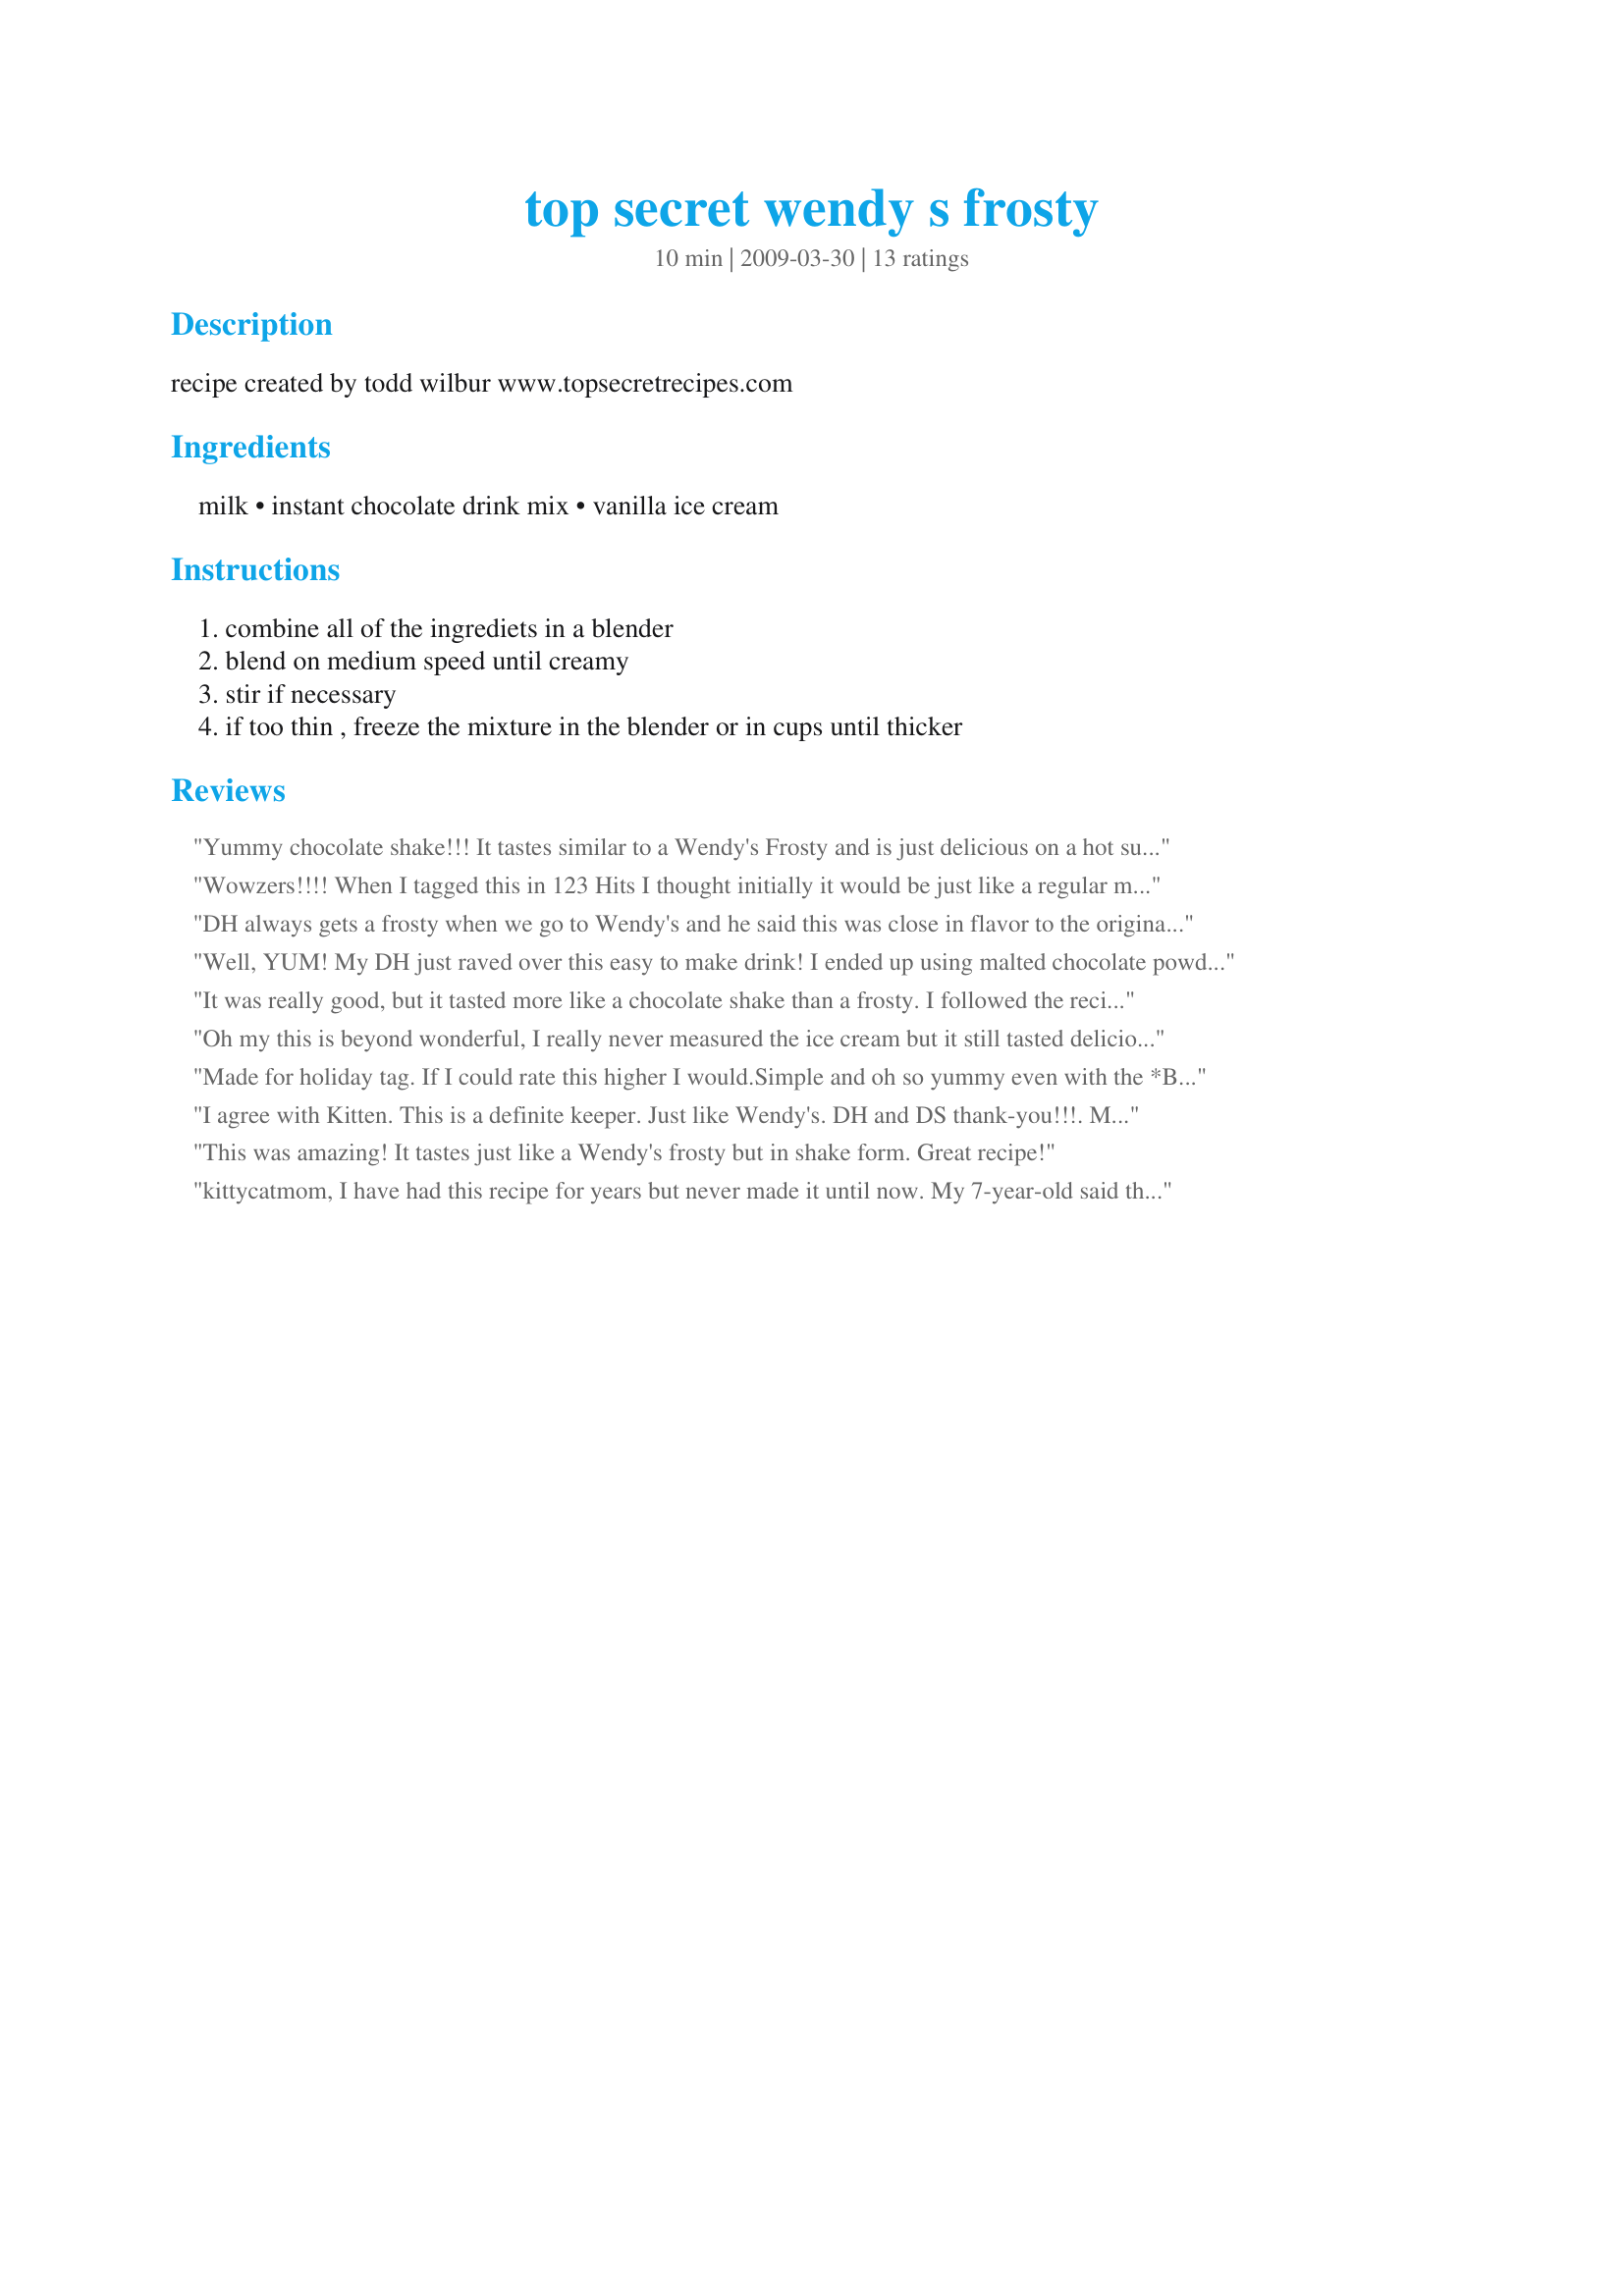
top secret wendy s frosty
Preparation time: 10 minutes

recipe created by todd wilbur www.topsecretrecipes.com

Ingredients:
milk, instant chocolate drink mix, vanilla ice cream

Steps:
combine all of the ingrediets in a blender, blend on medium speed until creamy, stir if necessary, if too thin , freeze the mixture in the blender or in cups until thicker

Reviews:
Yummy chocolate shake!!! It tastes similar to a Wendy's Frosty and is just delicious on a hot summer day!!! Thanks for sharing the recipe. Made for your win in the Summer Spectacular!!!
Wowzers!!!! When I tagged this in 123 Hits I thought initially it would be just like a regular milkshake but lo and behold this actually tastes just like a Wendy's Frosty. Nice and thick and a wonderful flavor! Never again will I spend over a dollar for a Frosty at their restaurant when I can make one at home without all the "junk" for half the cost! Thanks for sharing this WINNER!!
DH always gets a frosty when we go to Wendy's and he said this was close in flavor to the original. Also a tasty inexpensive treat! Thank you sweets for sharing this recipe with us. Made and reviewed for KK's Recipe Tag Game.
Well, YUM! My DH just raved over this easy to make drink! I ended up using malted chocolate powder. Now he wants one every night! Thanks kitty! Made for 123 Hit Wonders tag.
It was really good, but it tasted more like a chocolate shake than a frosty. I followed the recipe...it was good.
Oh my this is beyond wonderful, I really never measured the ice cream but it still tasted delicious, this is one I will make again, thank you Kitty!
Made for holiday tag.
If I could rate this higher I would.Simple and oh so yummy even with the *Brain Freeze* I developed due to my greediness...lol.
I agree with Kitten. This is a definite keeper. Just like Wendy's. DH and DS thank-you!!!. 
Made for KK's Recipe-tag~
This was amazing! It tastes just like a Wendy's frosty but in shake form. Great recipe!
kittycatmom, I have had this recipe for years but never made it until now. My 7-year-old said that he wants a chocolate milkshake, and having this specific recipe, I thought to try it. It was rich and creamy. I had vanilla bean ice cream which is intense in vanilla flavor, and had to add a little more Nestle's Quik. This one is a keeper. Thank you for sharing.
Made for daughter and friends...10 out of 10 princesses agree. Everything tastes better with chocolate.
This is really good! It tasted somewhat like a Wendy's frosty, but irregardless, it's a great shake recipe. Thanks for sharing. :)
Funny, I was requesting Spring to start the *spring* around here, and I conjured up a dream about vanilla ice cream. So while that was churning I found this tasty, ever so lovely frosty recipe to try to endure through. (laughing here!) And endure you must. I followed this exactly. There would be nothing to change here, the flavors burst with freshness, chocolate was so yummy I almost fainted from waiting so long to eat. Next time (and there will be!) I might add some instant coffee granules (a few) and make it like a coffee mocha, although presented in this fashion is just perfect! Made for *Everyday is a Holiday* April 2009
